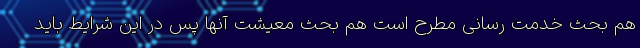
هم بحث خدمت رسانی مطرح است هم بحث معیشت آنها پس در این شرایط باید